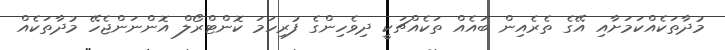
މުދާތަކެއްކަމަށާއި އޭގެ ތެރެއިން ބައެއް ތަކެއްޗަކީ ދިވެހިންގެ ފުރިހަމަ ކޮންޓްރޯލް އޮންނަންޖެހޭ މުދާތަކެއް